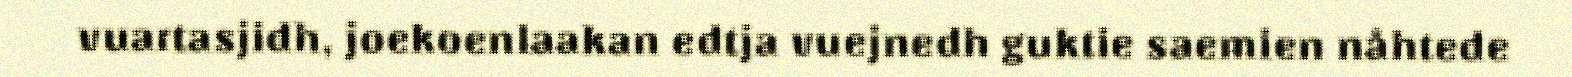
vuartasjidh, joekoenlaakan edtja vuejnedh guktie saemien nåhtede